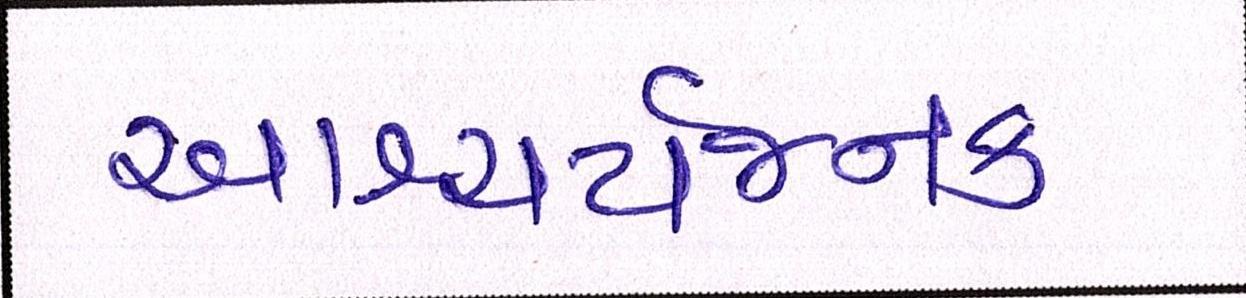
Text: આશ્ચર્યજનક